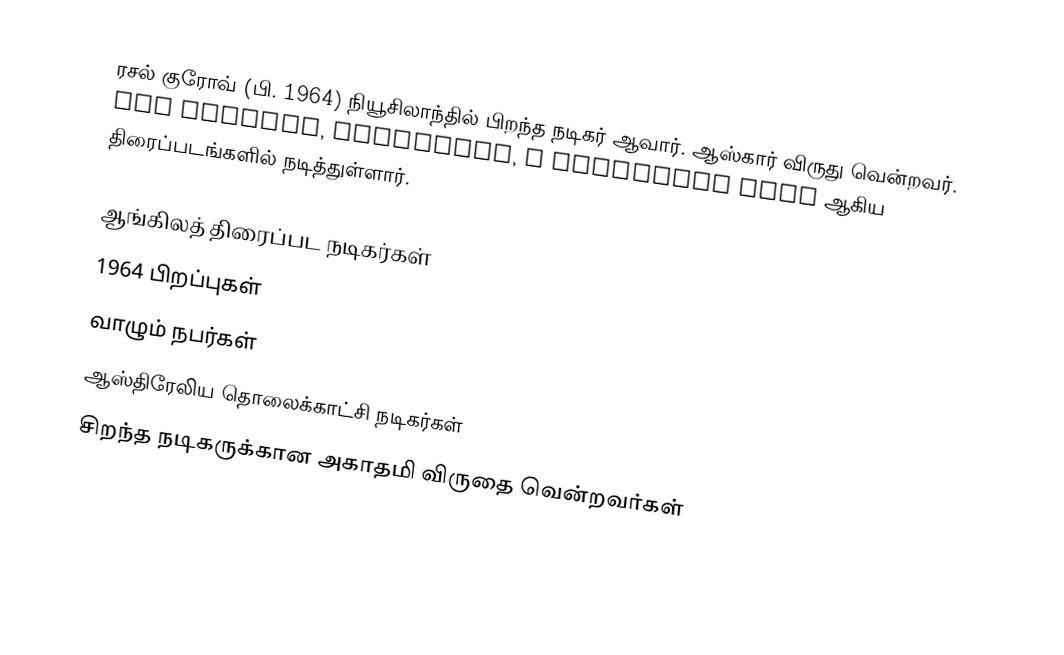
ரசல் குரோவ் (பி. 1964) நியூசிலாந்தில் பிறந்த நடிகர் ஆவார். ஆஸ்கார் விருது வென்றவர். The Insider, Gladiator, A Beautiful Mind ஆகிய திரைப்படங்களில் நடித்துள்ளார்.

ஆங்கிலத் திரைப்பட நடிகர்கள்
1964 பிறப்புகள்
வாழும் நபர்கள்
ஆஸ்திரேலிய தொலைக்காட்சி நடிகர்கள்
சிறந்த நடிகருக்கான அகாதமி விருதை வென்றவர்கள்